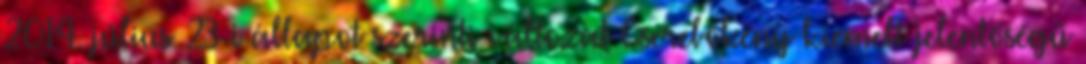
2014. július 23-i állapot szerinti változat Cserebökény kiemelt jelentőségű